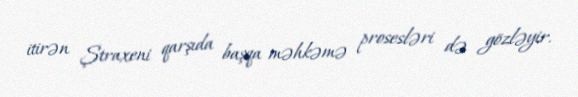
itirən Ştraxeni qarşıda başqa məhkəmə prosesləri də gözləyir.